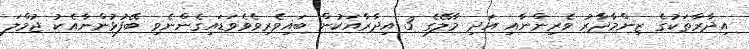
އިދާރާތަކުގެ ޒިންމާދާރު ވެރިންނާއި އަދި މާލޭގެ 3 އިދާރާއަކުން ބައިވެރިވެވެވަޑައިގެންނެވި ބޭފުޅުންނާއެކު ޖުމްލަ